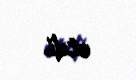
etdi.